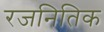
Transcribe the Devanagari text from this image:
रजनितिक